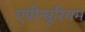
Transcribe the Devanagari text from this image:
एपीन्यूरियम